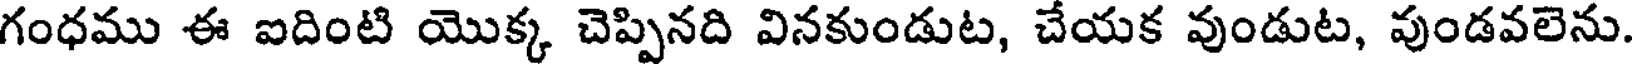
గంధము ఈ ఐదింటి యొక్క చెప్పినది వినకుండుట, చేయక వుండుట, వుండవలెను.